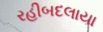
રહીબદલાયા